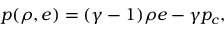
p ( \rho , e ) = ( \gamma - 1 ) \rho e - \gamma p _ { c } ,